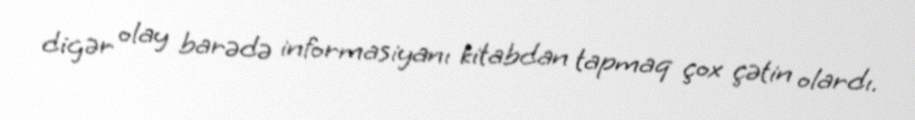
digər olay barədə informasiyanı kitabdan tapmaq çox çətin olardı.